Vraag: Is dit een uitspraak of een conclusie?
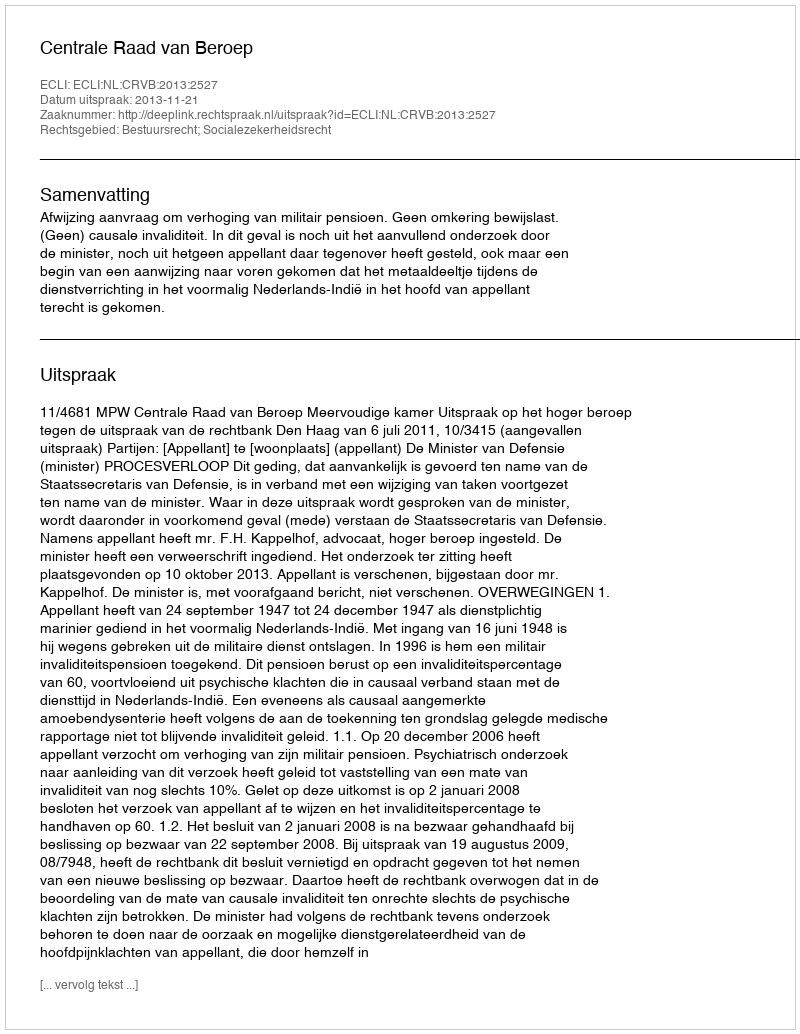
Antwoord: Uitspraak